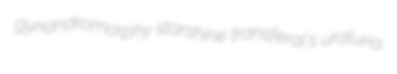
gynandromorphy starshine transferal's uraturia